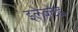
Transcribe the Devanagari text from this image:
इलेक्टेड